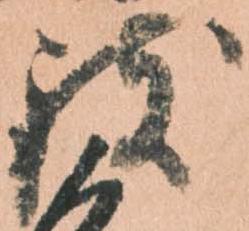
致